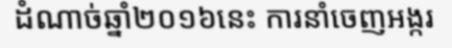
ដំណាច់ឆ្នាំ២០១៦នេះ ការនាំចេញអង្ករ